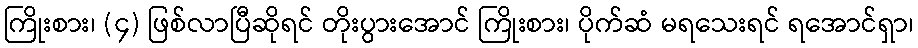
ကြိုးစား၊ (၄) ဖြစ်လာပြီဆိုရင် တိုးပွားအောင် ကြိုးစား၊ ပိုက်ဆံ မရသေးရင် ရအောင်ရှာ၊